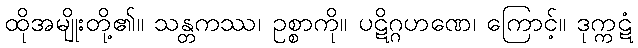
ထိုအမျိုးတို့၏။ သန္တကဿ၊ ဥစ္စာကို။ ပဋိဂ္ဂဟဏေ၊ ကြောင့်။ ဒုက္ကဋံ